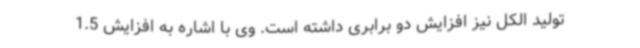
تولید الکل نیز افزایش دو برابری داشته است. وی با اشاره به افزایش 1.5